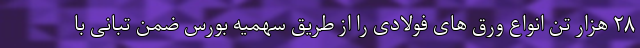
۲۸ هزار تن انواع ورق های فولادی را از طریق سهمیه بورس ضمن تبانی با